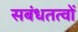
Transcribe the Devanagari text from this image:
सबंधतत्वों